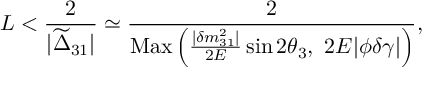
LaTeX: L < \frac { 2 } { | \widetilde { \Delta } _ { 3 1 } | } \simeq \frac { 2 } { \mathrm { M a x } \left( \frac { | \delta m _ { 3 1 } ^ { 2 } | } { 2 E } \sin 2 \theta _ { 3 } , \ 2 E | \phi \delta \gamma | \right) } ,